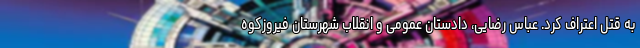
به قتل اعتراف کرد. عباس رضایی، دادستان عمومی و انقلاب شهرستان فیروزکوه